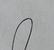
Signature authenticity: genuine